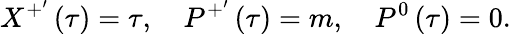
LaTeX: X^{+^{\prime}}\left(\tau\right)=\tau,\quad P^{+^{\prime}}\left(\tau\right)=m,\quad P^{0}\left(\tau\right)=0.